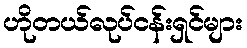
ဟိုတယ်လုပ်ငန်းရှင်များ